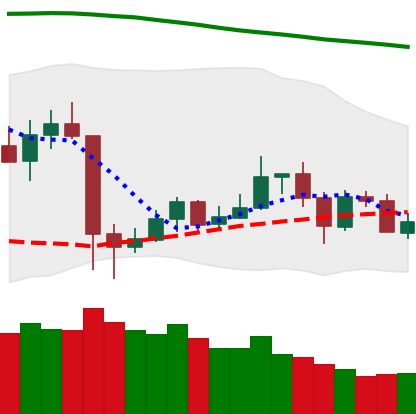
Ticker: LTC-USD
Chart end date: 2020-05-25
Forward return: 10.694%
Label: up_7plus